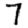
Digit: 7